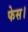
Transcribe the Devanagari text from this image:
फेस।